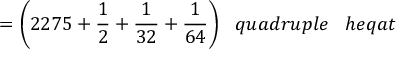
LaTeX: = { \bigg ( } 2 2 7 5 + { \frac { 1 } { 2 } } + { \frac { 1 } { 3 2 } } + { \frac { 1 } { 6 4 } } { \bigg ) } \; \; \; q u a d r u p l e \; \; \; h e q a t